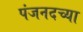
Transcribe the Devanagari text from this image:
पंजनदच्या